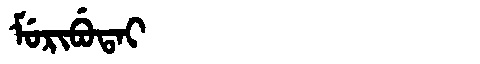
Manchu: ᠮᡠᡵᡳᠪᡠᡨᠠᡳ
Romanization: MURIBUTAI